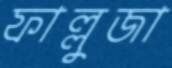
ফাল্লুজা